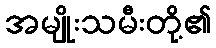
အမျိုးသမီးတို့၏